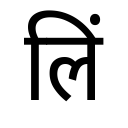
OCR:
लिं